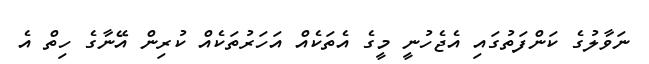
ނަވާލުގެ ކަންފަތުގައި އެޖެހުނީ މީގެ އެތަކެއް އަހަރުތަކެއް ކުރިން އޭނާގެ ހިތް އެ